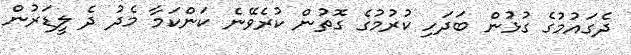
ދެގައުމުގެ ގުޅުން ބަދަހި ކުރުމުގެ ގޮތުން ކުރެވޭނެ ކަންކަމާ މެދު ދެ ލީޑަރުން